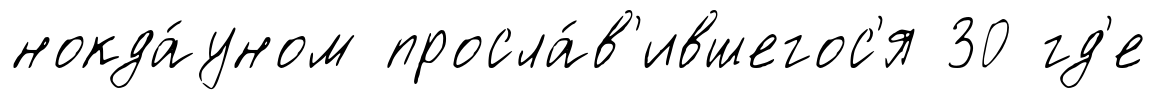
нокда́уном просла́в'ившегос'я 30 гд'е